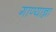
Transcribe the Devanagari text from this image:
गाण्यान्ना